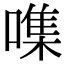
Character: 㗱